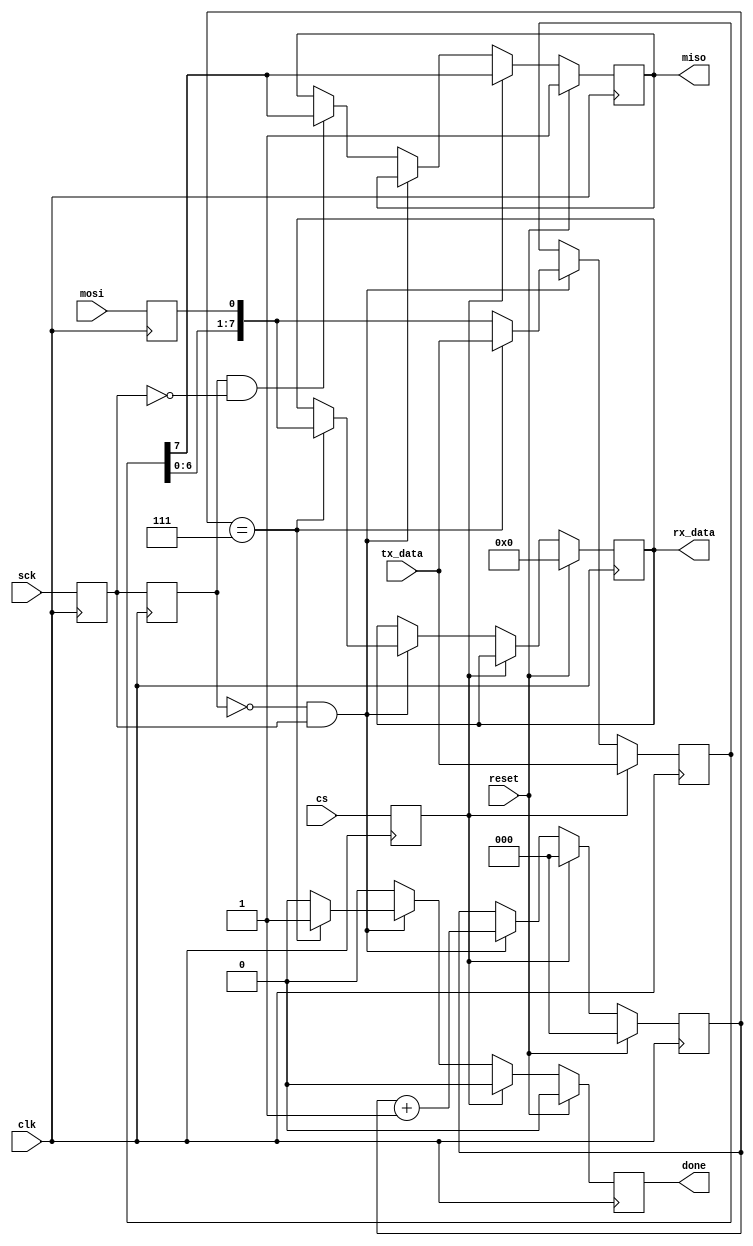
module spi_slave(
    input clk,
    input reset,
    input cs,
    input mosi,
    output miso,
    input sck,
    output done,
    input [7:0] tx_data,
    output [7:0] rx_data
  );
 
  reg mosi_d, mosi_q;
  reg cs_d, cs_q;
  reg sck_d, sck_q;
  reg sck_old_d, sck_old_q;
  reg [7:0] data_d, data_q;
  reg done_d, done_q;
  reg [2:0] bit_ct_d, bit_ct_q;
  reg [7:0] rx_data_d, rx_data_q;
  reg miso_d, miso_q;
 
  assign miso = miso_q;
  assign done = done_q;
  assign rx_data = rx_data_q;
 
  always @(*) begin
    cs_d = cs;
    mosi_d = mosi;
    miso_d = miso_q;
    sck_d = sck;
    sck_old_d = sck_q;
    data_d = data_q;
    done_d = 1'b0;
    bit_ct_d = bit_ct_q;
    rx_data_d = rx_data_q;
 
    if (cs_q) begin                           // if slave select is high (deselcted)
      bit_ct_d = 3'b0;                        // reset bit counter
      data_d = tx_data;                           // read in data
      miso_d = data_q[7];                     // output MSB
    end else begin                            // else slave select is low (selected)
      if (!sck_old_q && sck_q) begin          // rising edge
        data_d = {data_q[6:0], mosi_q};       // read data in and shift
        bit_ct_d = bit_ct_q + 1'b1;           // increment the bit counter
        if (bit_ct_q == 3'b111) begin         // if we are on the last bit
          rx_data_d = {data_q[6:0], mosi_q};     // output the byte
          done_d = 1'b1;                      // set transfer done flag
          data_d = tx_data;                       // read in new byte
        end
      end else if (sck_old_q && !sck_q) begin // falling edge
        miso_d = data_q[7];                   // output MSB
      end
    end
  end
 
  always @(posedge clk) begin
    if (reset) begin
      done_q <= 1'b0;
      bit_ct_q <= 3'b0;
      rx_data_q <= 8'b0;
      miso_q <= 1'b1;
    end else begin
      done_q <= done_d;
      bit_ct_q <= bit_ct_d;
      rx_data_q <= rx_data_d;
      miso_q <= miso_d;
    end
 
    sck_q <= sck_d;
    mosi_q <= mosi_d;
    cs_q <= cs_d;
    data_q <= data_d;
    sck_old_q <= sck_old_d;
 
  end
 
endmodule